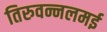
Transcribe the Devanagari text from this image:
तिरुवन्नलमई